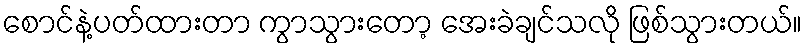
စောင်နဲ့ပတ်ထားတာ ကွာသွားတော့ အေးခဲချင်သလို ဖြစ်သွားတယ်။